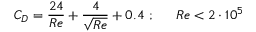
C _ { D } = { \frac { 2 4 } { R e } } + { \frac { 4 } { \sqrt { R e } } } + 0 . 4 ~ { \mathrm { ; } } ~ ~ ~ ~ ~ R e < 2 \cdot 1 0 ^ { 5 }